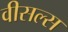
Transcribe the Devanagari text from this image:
वीसल्स